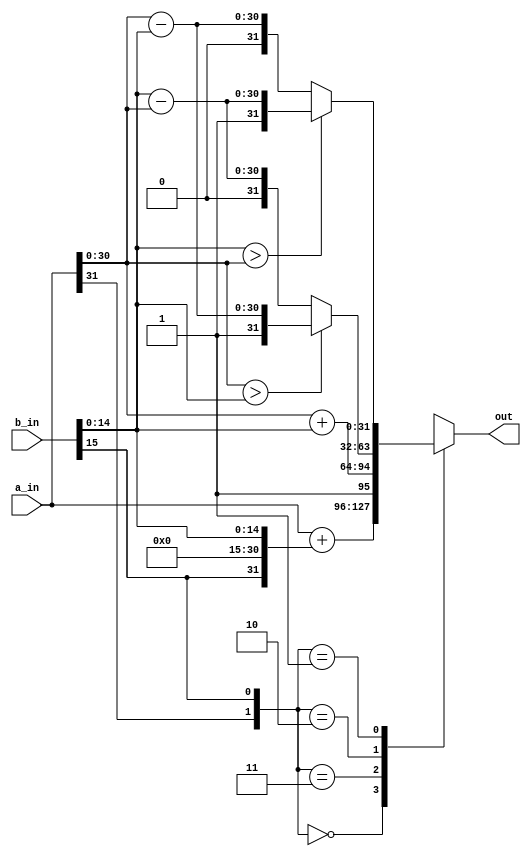
`timescale 1ns / 1ps

module adder# (parameter WIDTH=32) (input [WIDTH-1:0] a_in, input [15:0] b_in, output reg [WIDTH-1:0] out);

	reg [WIDTH-1:0] temp_b_in;
	always@(*) begin
		temp_b_in = {b_in[15], {WIDTH-16{1'b0}}, b_in[14:0]};
		case({a_in[WIDTH-1], temp_b_in[WIDTH-1]})
			2'b00: out = a_in + temp_b_in;
			2'b11: out = {1'b1, a_in[WIDTH-2:0] + temp_b_in[WIDTH-2:0]};
			2'b10: out = a_in[WIDTH-2:0] > temp_b_in[WIDTH-2:0] ? {1'b1, a_in[WIDTH-2:0] - temp_b_in[WIDTH-2:0]} : {1'b0, temp_b_in[WIDTH-2:0] - a_in[WIDTH-2:0]};
			2'b01: out = temp_b_in[WIDTH-2:0] > a_in[WIDTH-2:0] ? {1'b1, temp_b_in[WIDTH-2:0] - a_in[WIDTH-2:0]} : {1'b0, a_in[WIDTH-2:0] - temp_b_in[WIDTH-2:0]};
			default: out = 16'b0;
		endcase
	end
	
endmodule